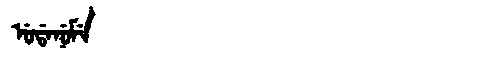
Manchu: ᡠᡩᠠᠨᡠᠮᡝ
Romanization: UDANUME